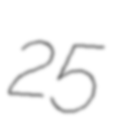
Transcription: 25